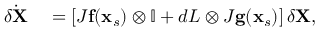
\begin{array} { r l } { \dot { \delta \mathbf { X } } } & { { } = \left[ J \mathbf { f } ( \mathbf { x } _ { s } ) \otimes { \mathbb I } + d { \cal L } \otimes J \mathbf { g } ( \mathbf { x } _ { s } ) \right] \delta \mathbf { X } , } \end{array}